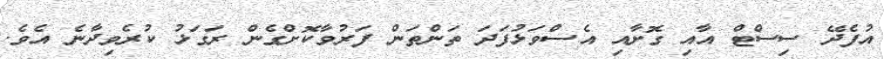
އުފެދޭ ސިސްޓް އާއި ގޮށާއި އެސްވަޅުފަދަ ތަންތަން ފަރުވާކޮށްގެން ރަގަޅު ކުރެވިދާނެ އެވެ.